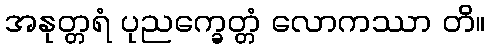
အနုတ္တရံ ပုညက္ခေတ္တံ လောကဿာ တိ။